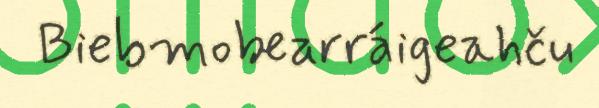
Biebmobearráigeahču